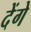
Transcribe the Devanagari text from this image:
देेंगे